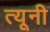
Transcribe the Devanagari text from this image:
त्‍यूनी